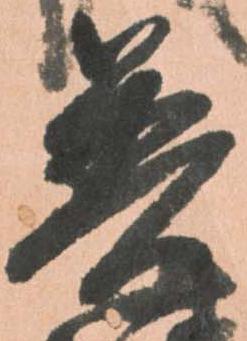
普